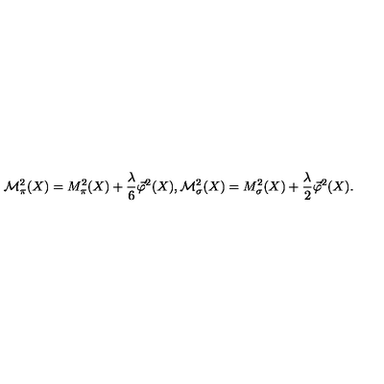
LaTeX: { \cal M } _ { \pi } ^ { 2 } ( X ) = M _ { \pi } ^ { 2 } ( X ) + \frac { \lambda } { 6 } \vec { \varphi } ^ { 2 } ( X ) , { \cal M } _ { \sigma } ^ { 2 } ( X ) = M _ { \sigma } ^ { 2 } ( X ) + \frac { \lambda } { 2 } \vec { \varphi } ^ { 2 } ( X ) .